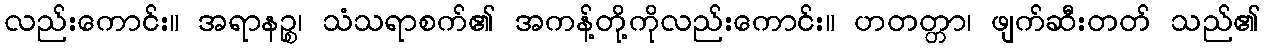
လည်းကောင်း။ အရာနဉ္စ၊ သံသရာစက်၏ အကန့်တို့ကိုလည်းကောင်း။ ဟတတ္တာ၊ ဖျက်ဆီးတတ် သည်၏